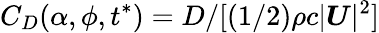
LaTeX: C_{D}(\alpha,\phi,t^{*})=D/[\left(1/2\right)\rho c|\boldsymbol{U}|^{2}]